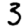
Digit: 3